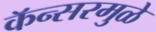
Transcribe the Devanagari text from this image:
कॅन्सरमुळे